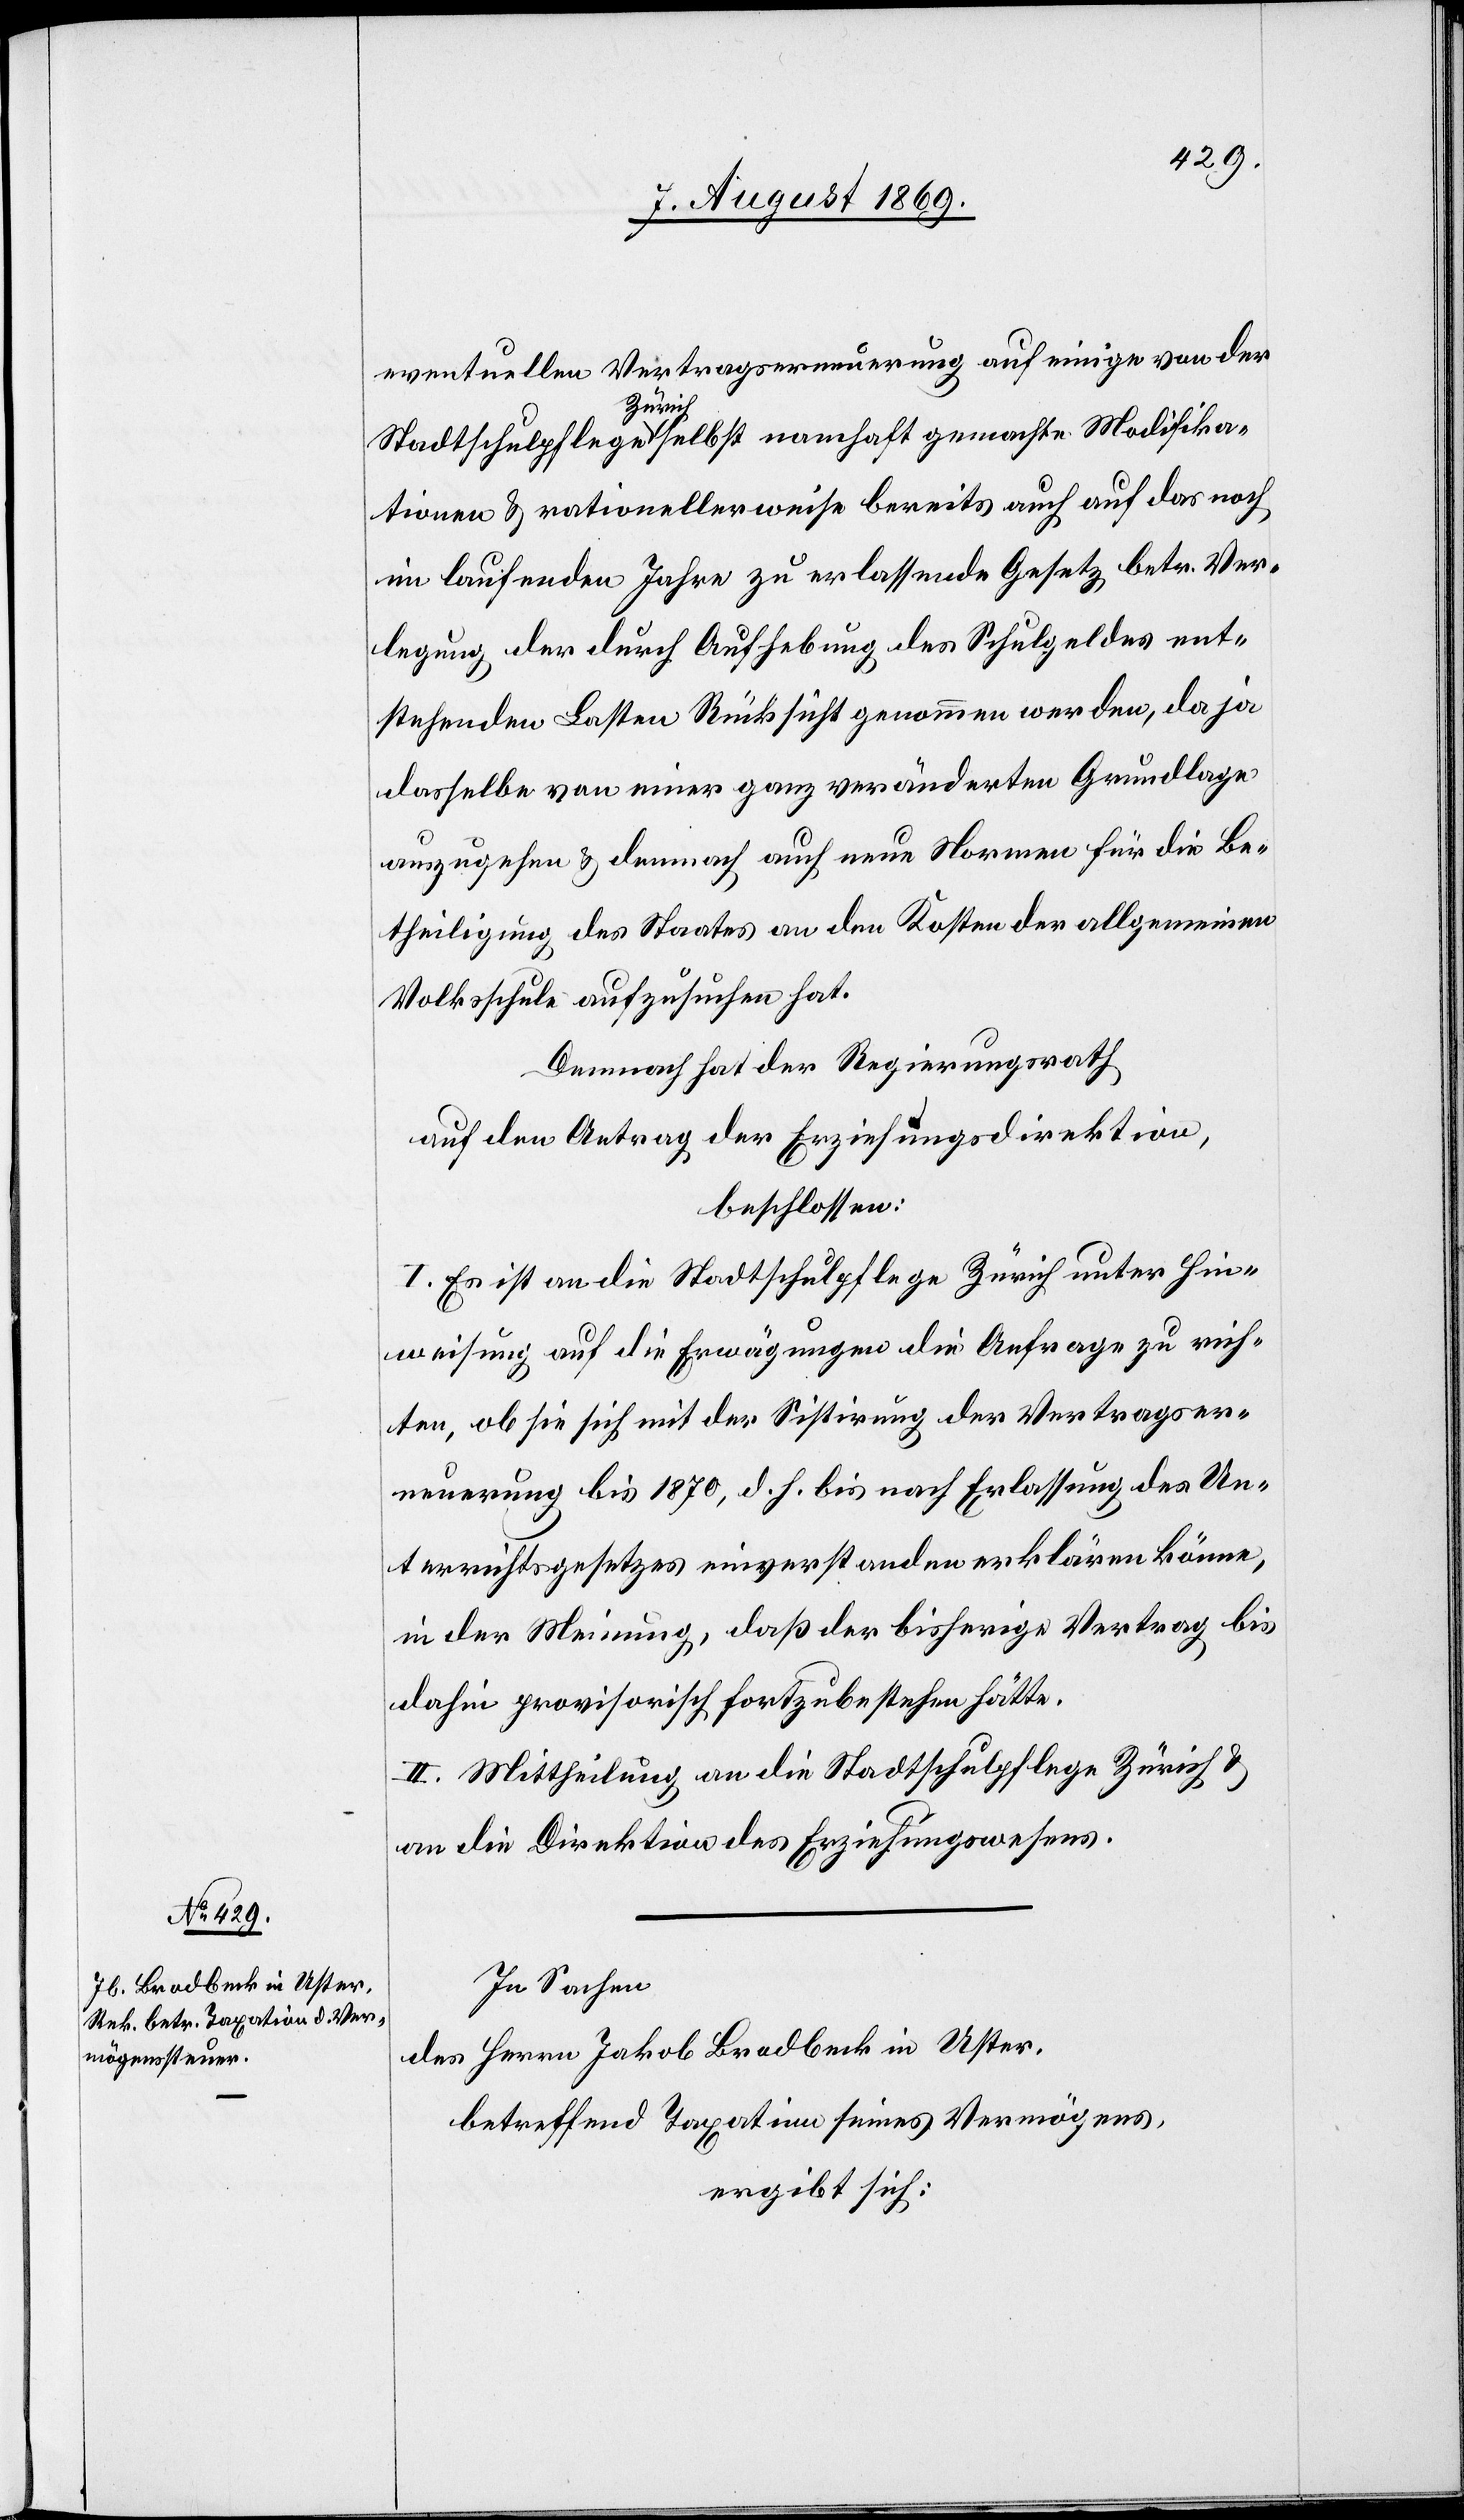
eventuellen Vertragserneuerung auf einige von der
Stadtschulpflege Zürich selbst namhaft gemachte Modifika¬
tionen & rationellerweise bereits auch auf das noch
im laufenden Jahre zu erlassende Gesetz betr. Ver¬
legung der durch Aufhebung des Schulgeldes ent¬
stehenden Lasten Rücksicht genommen werden, da ja
dasselbe von einer ganz veränderten Grundlage
auszugehen & demnach auch neue Normen für die Be¬
theiligung des Staates an den Kosten der allgemeinen
Volksschule aufzusuchen hat.
Demnach hat der Regierungsrath,
auf den Antrag der Erziehungsdirektion,
beschlossen:
I. Es ist an die Stadtschulpflege Zürich unter Hin¬
weisung auf die Erwägungen die Anfrage zu rich¬
ten, ob sie sich mit der Sistirung der Vertragser¬
neuerung bis 1870, d. h. bis nach Erlassung des Un¬
terrichtsgesetzes einverstanden erklären könne,
in der Meinung, daß der bisherige Vertrag bis
dahin provisorisch fortzubestehen hätte.
II. Mittheilung an die Stadtschulpflege Zürich &
an die Direktion des Erziehungswesens.
In Sachen
des Herrn Jakob Bradbeck in Uster,
betreffend Taxation seines Vermögens,
ergibt sich: